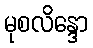
မုစလိန္ဒော